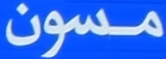
مسون